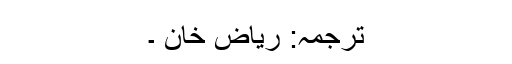
ترجمہ: ریاض خان ۔